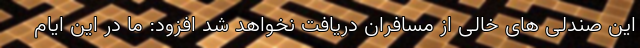
این صندلی های خالی از مسافران دریافت نخواهد شد افزود: ما در این ایام